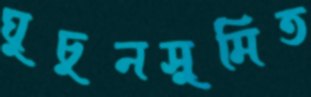
ঘুচুনসুমিত